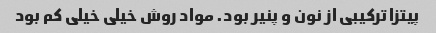
پیتزا ترکیبی از نون و پنیر بود. مواد روش خیلی خیلی کم بود